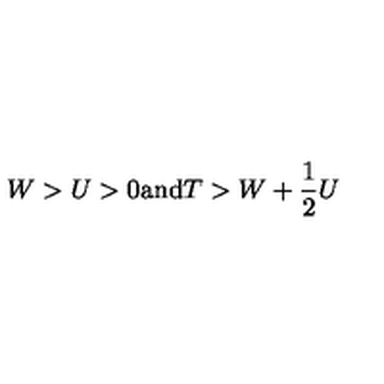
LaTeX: W > U > 0 \mathrm { a n d } T > W + \frac { 1 } { 2 } U